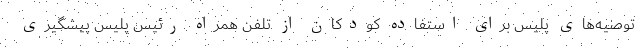
توصیه‌های پلیس برای استفاده کودکان از تلفن همراه رئیس پلیس پیشگیری